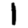
Digit: 1